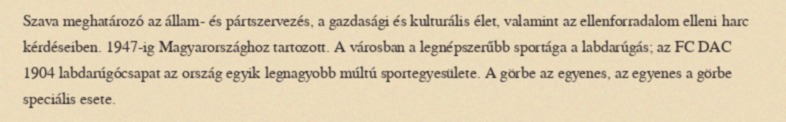
Szava meghatározó az állam- és pártszervezés, a gazdasági és kulturális élet, valamint az ellenforradalom elleni harc kérdéseiben. 1947-ig Magyarországhoz tartozott. A városban a legnépszerűbb sportága a labdarúgás; az FC DAC 1904 labdarúgócsapat az ország egyik legnagyobb múltú sportegyesülete. A görbe az egyenes, az egyenes a görbe speciális esete.